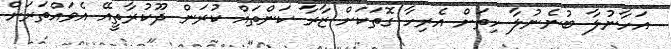
އަހާނުލާ ބުނެނުލާ ހިތަށް އެރިހާ ގޮތަކަށް ޒާރާ ކަންތައް ކުރަން ދޫކުރާތީއޭ އެވައްތަރަށް